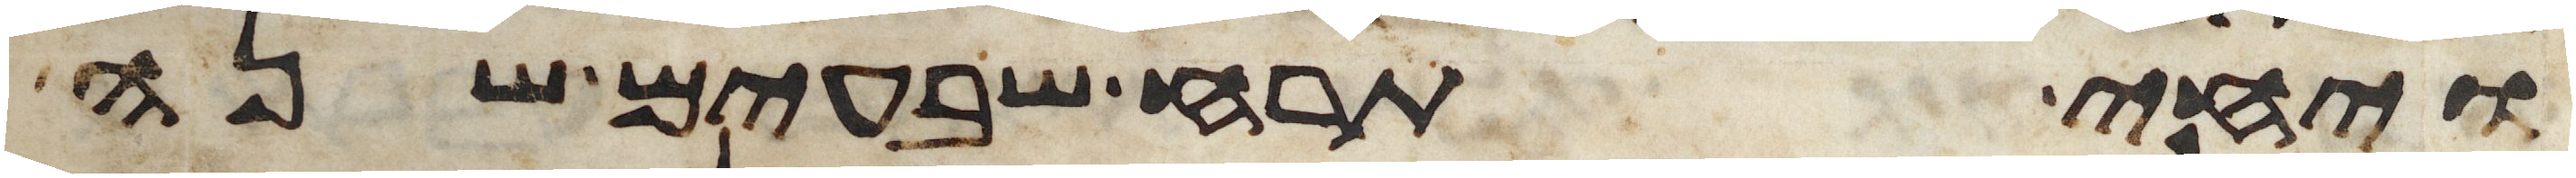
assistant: ויחי תרח שבעים שנה